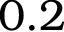
0 . 2